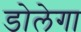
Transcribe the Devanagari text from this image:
डोलेगा